system: You are a helpful assistant.
user:
Analyze the provided spectrum to determine if it is a **M-type Giant (gM)**.

A M-type Giant spectrum is defined by its **strong molecular absorption** features, particularly from **Titanium Oxide (TiO)**. You must check for one of the following mutually exclusive signatures:

- **Key Visual Indicators (Absorption-Dominated Spectrum):**

    - **(Primary):** The spectrum is dominated by strong molecular absorption from **Titanium Oxide (TiO)**. This is the **defining feature** of its M-type temperature class.
        - **(Key Bandheads):** Look for sharp, "saw-tooth" absorption valleys. The strongest are located near **~7050 Å**, **~6160 Å**, and **~5170 Å**.
        - **(Line Profile):** The "saw-tooth" morphology is critical: a **sharp, steep drop on the BLUE (short-wavelength) side** of the bandhead, followed by a gradual recovery (rising flux) towards the RED (long-wavelength) side.

    - **(Key Confirmation - Giant vs. Dwarf):** **ABSENCE** of strong **Calcium Hydride (CaH)** molecular bands. This is the primary diagnostic for *excluding* M-dwarfs.
        - **(Key Region):** The spectrum should lack the strong, broad absorption band seen in dwarfs between **~6800 Å and ~7000 Å**.

    - **(Secondary Confirmation - Giant):** A very strong and broad **Neutral Calcium (Ca I)** atomic absorption line.
        - **(Key Line):** Located at **~4226 Å**. In a giant (gM), this line is significantly deeper and broader than the same line in an M-dwarf (dM) due to low surface gravity.

    - **(Overall Spectrum):**
        - The continuum is **extremely red-sloping** (i.e., flux is very low in the blue and rises dramatically towards the red).
        - The entire spectrum appears "chopped up" by the deep TiO bands.

Think first, call **spectral_visualization_tool** if needed to examine features in detail, then provide your final answer. Your response must adhere to the following strict rules:
1.  **Overall Structure:** Your response must follow the format `<think>...</think> <tool_call>...</tool_call> (if a tool is used) <answer>...</answer>`.
2.  **Tool Usage Constraint:** You may only make **one** tool call per turn.
3.  **Final Answer Format:** In the `<answer>` tag, your conclusion must be inside a `\boxed{}` command (e.g., `\boxed{YES}` or `\boxed{NO}`), followed by your justification.

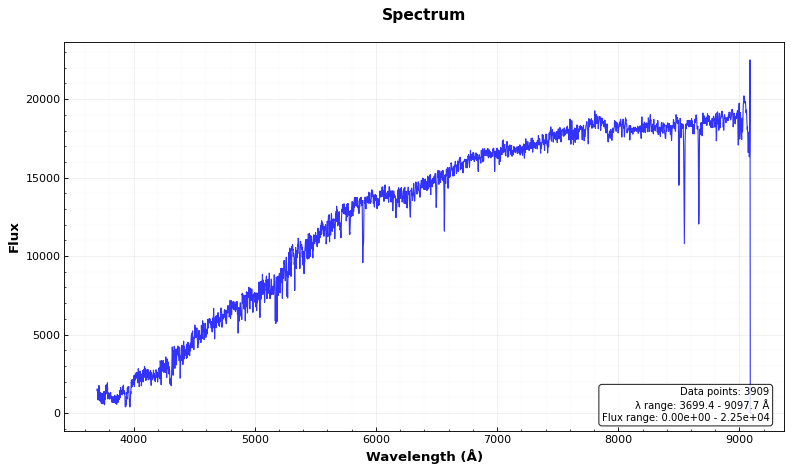
Answer: NO